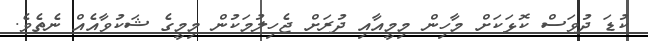
ކުޑަ ދުވަސް ކޮޅަކަށް މާހިން މިމީއާއި ދުރަށް ޖެހިލުމަކުން މިމީގެ ޝަކުވާއެއް ނެތެވެ.